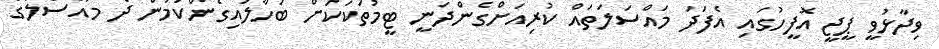
ވިދާޅުވީ ޕީޖީ އޮފީހުގައި އެފަދަ މައްސަލަތައް ކުރިއަށްގެންދަނީ ޓީމުތަކަކަށް ބަހާލައިގެންކަމުން ދެ މައްސަލާގެ